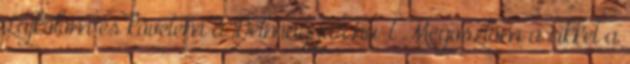
Lájkolom és követem a Delmagyar.hu-t Megosztom a cikket a